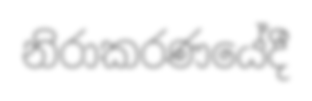
නිරාකරණයේදී